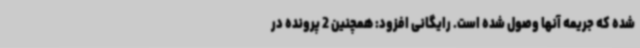
شده که جریمه آنها وصول شده است. رایگانی افزود: همچنین 2 پرونده در